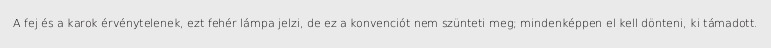
A fej és a karok érvénytelenek, ezt fehér lámpa jelzi, de ez a konvenciót nem szünteti meg; mindenképpen el kell dönteni, ki támadott.